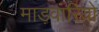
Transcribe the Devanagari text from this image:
माड़वारियो